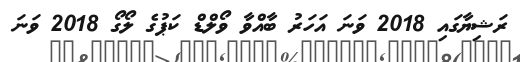
ރަޝިޔާގައި 2018 ވަނަ އަހަރު ބާއްވާ ވޯލްޑް ކަޕުގެ ލޯގޯ 2018 ވަނަ